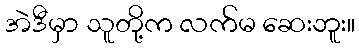
အဲဒီမှာ သူတို့က လက်မ ဆေးဘူး။